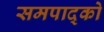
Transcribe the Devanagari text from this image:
समपाद्को